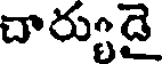
చార్యుడై